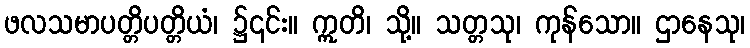
ဖလသမာပတ္တိပတ္တိယံ၊ ၌၎င်း။ ဣတိ၊ သို့။ သတ္တသု၊ ကုန်သော။ ဌာနေသု၊